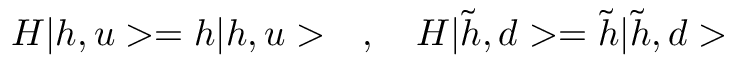
H | h , u > = h | h , u > \quad , \quad H | \tilde { h } , d > = \tilde { h } | \tilde { h } , d >